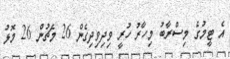
އެ ޓީމުގެ މިސްރާބު މިހާރު ހުރީ ވިދިވިދިގެން 26 މެޗުން 26 މޮޅު